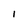
Character: I